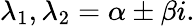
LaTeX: \lambda_{1},\lambda_{2}=\alpha\pm\beta i.